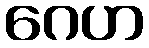
ဂေဟ